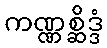
ကဏ္ဏစ္ဆိဒ္ဒံ